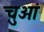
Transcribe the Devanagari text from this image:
चुओं